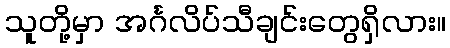
သူတို့မှာ အင်္ဂလိပ်သီချင်းတွေရှိလား။